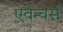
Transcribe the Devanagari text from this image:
एवेन्चर्स